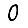
Digit: 0